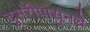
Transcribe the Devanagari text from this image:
दुसरीपासूनचे